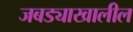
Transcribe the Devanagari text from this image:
जबड्याखालील